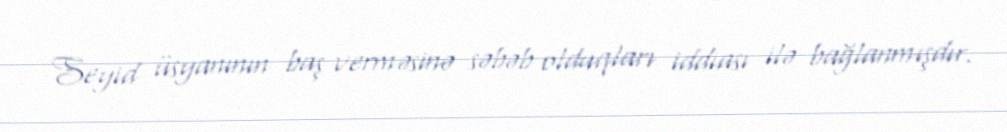
Seyid üsyanının baş verməsinə səbəb olduqları iddiası ilə bağlanmışdır.